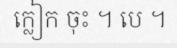
ក្លៀក ចុះ ។ បេ ។